Lunatic asylums in Bengal annual reports 1899-1911 - 1899-1911
Year: 1899
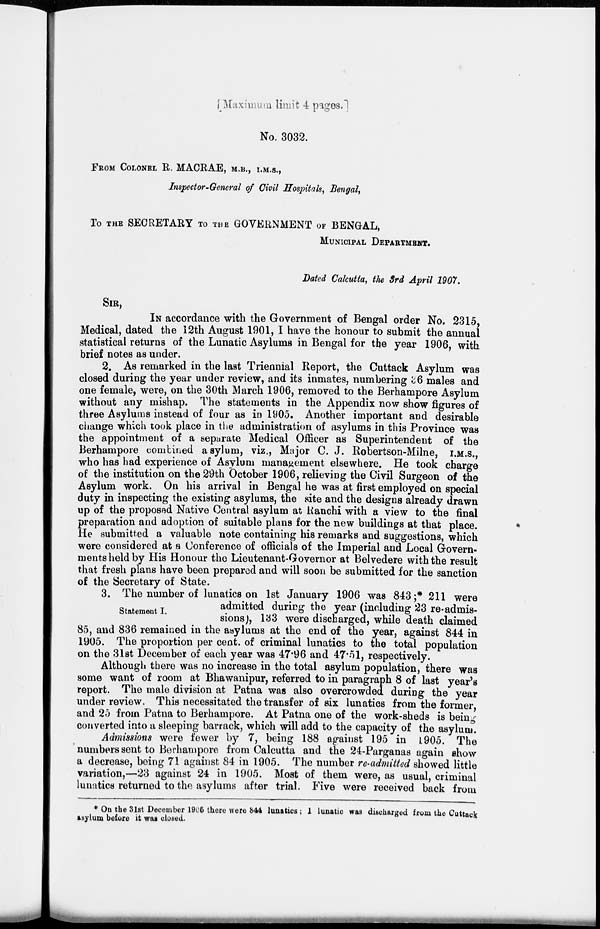
[Maxium limit 4 pages.]
No. 3032.
FROM COLONEL R. MACRAE, M.B., I.M.S.,
Inspector-General of Civil Hospitals, Bengal,
To THE SECRETARY TO THE GOVERNMENT OF BENGAL,
MUNICIPAL DEPARTMENT.
Dated Calcutta, the 3rd April 1907.
SIR,
IN accordance with the Government of Bengal order No. 2315,
Medical, dated the 12th August 1901, I have the honour to submit the annual
statistical returns of the Lunatic Asylums in Bengal for the year 1906, with
brief notes as under.
2. As remarked in the last Triennial Report, the Cuttack Asylum was
closed during the year under review, and its inmates, numbering 36 males and
one female, were, on the 30th March 1906, removed to the Berhampore Asylum
without any mishap. The statements in the Appendix now show figures of
three Asylums instead of four as in 1905. Another important and desirable
change which took place in the administration of asylums in this Province was
the appointment of a separate Medical Officer as Superintendent of the
Berhampore combined asylum, viz., Major C. J. Robertson-Milne, I.M.S.,
who has had experience of Asylum management elsewhere. He took charge
of the institution on the 29th October 1906, relieving the Civil Surgeon of the
Asylum work. On his arrival in Bengal he was at first employed on special
duty in inspecting the existing asylums, the site and the designs already drawn
up of the proposed Native Central asylum at Ranchi with a view to the final
preparation and adoption of suitable plans for the new buildings at that place.
He submitted a valuable note containing his remarks and suggestions, which
were considered at a Conference of officials of the Imperial and Local Govern-
ments held by His Honour the Lieutenant-Governor at Belvedere with the result
that fresh plans have been prepared and will soon be submitted for the sanction
of the Secretary of State.
Statement I.
3. The number of lunatics on 1st January 1906 was 843;* 211 were
admitted during the year (including 23 re-admis-
sions), 133 were discharged, while death claimed
85, and 836 remained in the asylums at the end of the year, against 844 in
1905. The proportion per cent. of criminal lunatics to the total population
on the 31st December of each year was 47.96 and 47.51, respectively.
Although there was no increase in the total asylum population, there was
some want of room at Bhawanipur, referred to in paragraph 8 of last year's
report. The male division at Patna was also overcrowded during the year
under review. This necessitated the transfer of six lunatics from the former,
and 25 from Patna to Berhampore. At Patna one of the work-sheds is being-
converted into a sleeping barrack, which will add to the capacity of the asylum.
Admissions were fewer by 7, being 188 against 195 in 1905. The
numbers sent to Berhampore from Calcutta and the 24-Parganas again show
a decrease, being 71 against 84 in 1905. The number re-admitted showed little
variation,—23 against 24 in 1905. Most of them were, as usual, criminal
lunatics returned to the asylums after trial. Five were received back from
* On the 31st December 1906 there were 844 lunatics ; 1 lunatic was discharged from the Cuttack
asylum before it was closed.